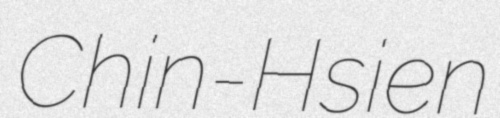
Chin-Hsien